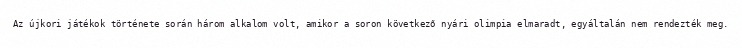
Az újkori játékok története során három alkalom volt, amikor a soron következő nyári olimpia elmaradt, egyáltalán nem rendezték meg.